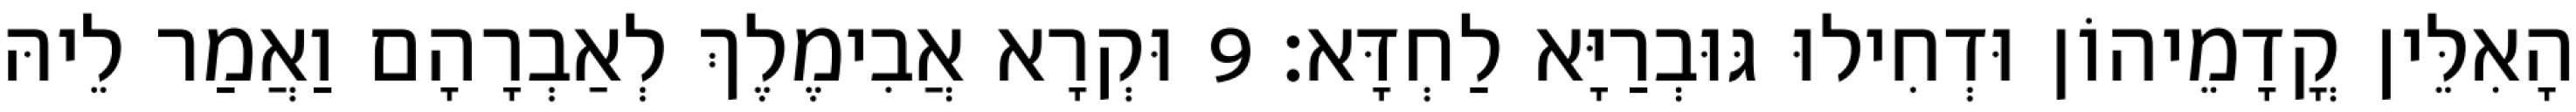
הָאִלֵּין קֳדָמֵיהוֹן וּדְחִילוּ גּוּבְרַיָּא לַחְדָּא׃ 9 וּקְרָא אֲבִימֶלֶךְ לְאַבְרָהָם וַאֲמַר לֵיהּ